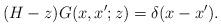
LaTeX: \begin{align*} ( H -z)G(x,x';z)=\delta(x-x').\end{align*}